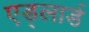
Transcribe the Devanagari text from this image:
एड्लार्ड